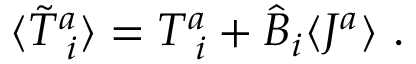
\langle \tilde { T } _ { \; i } ^ { a } \rangle = T _ { \; i } ^ { a } + \hat { B } _ { i } \langle J ^ { a } \rangle ~ .